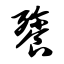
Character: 餮